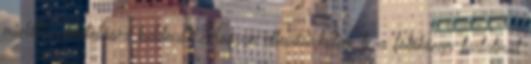
mielőtt nyomtatásra küldené? Hogyan ellenőrizhetem le a fotókönyv tartalmát